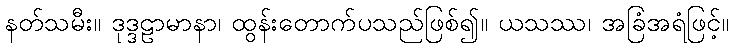
နတ်သမီး။ ဒုဒ္ဒဠာမာနာ၊ ထွန်းတောက်ပသည်ဖြစ်၍။ ယသဿ၊ အခြံအရံဖြင့်။